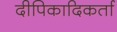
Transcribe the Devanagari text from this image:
दीपिकादिकर्ता